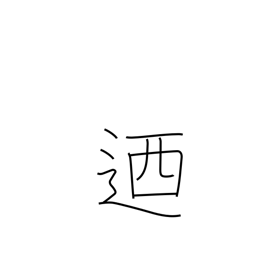
Meaning: in other words